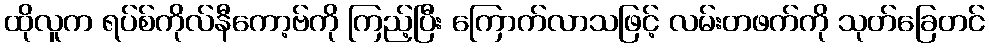
ထိုလူက ရပ်စ်ကိုလ်နီကော့ဗ်ကို ကြည့်ပြီး ကြောက်လာသဖြင့် လမ်းတဖက်ကို သုတ်ခြေတင်